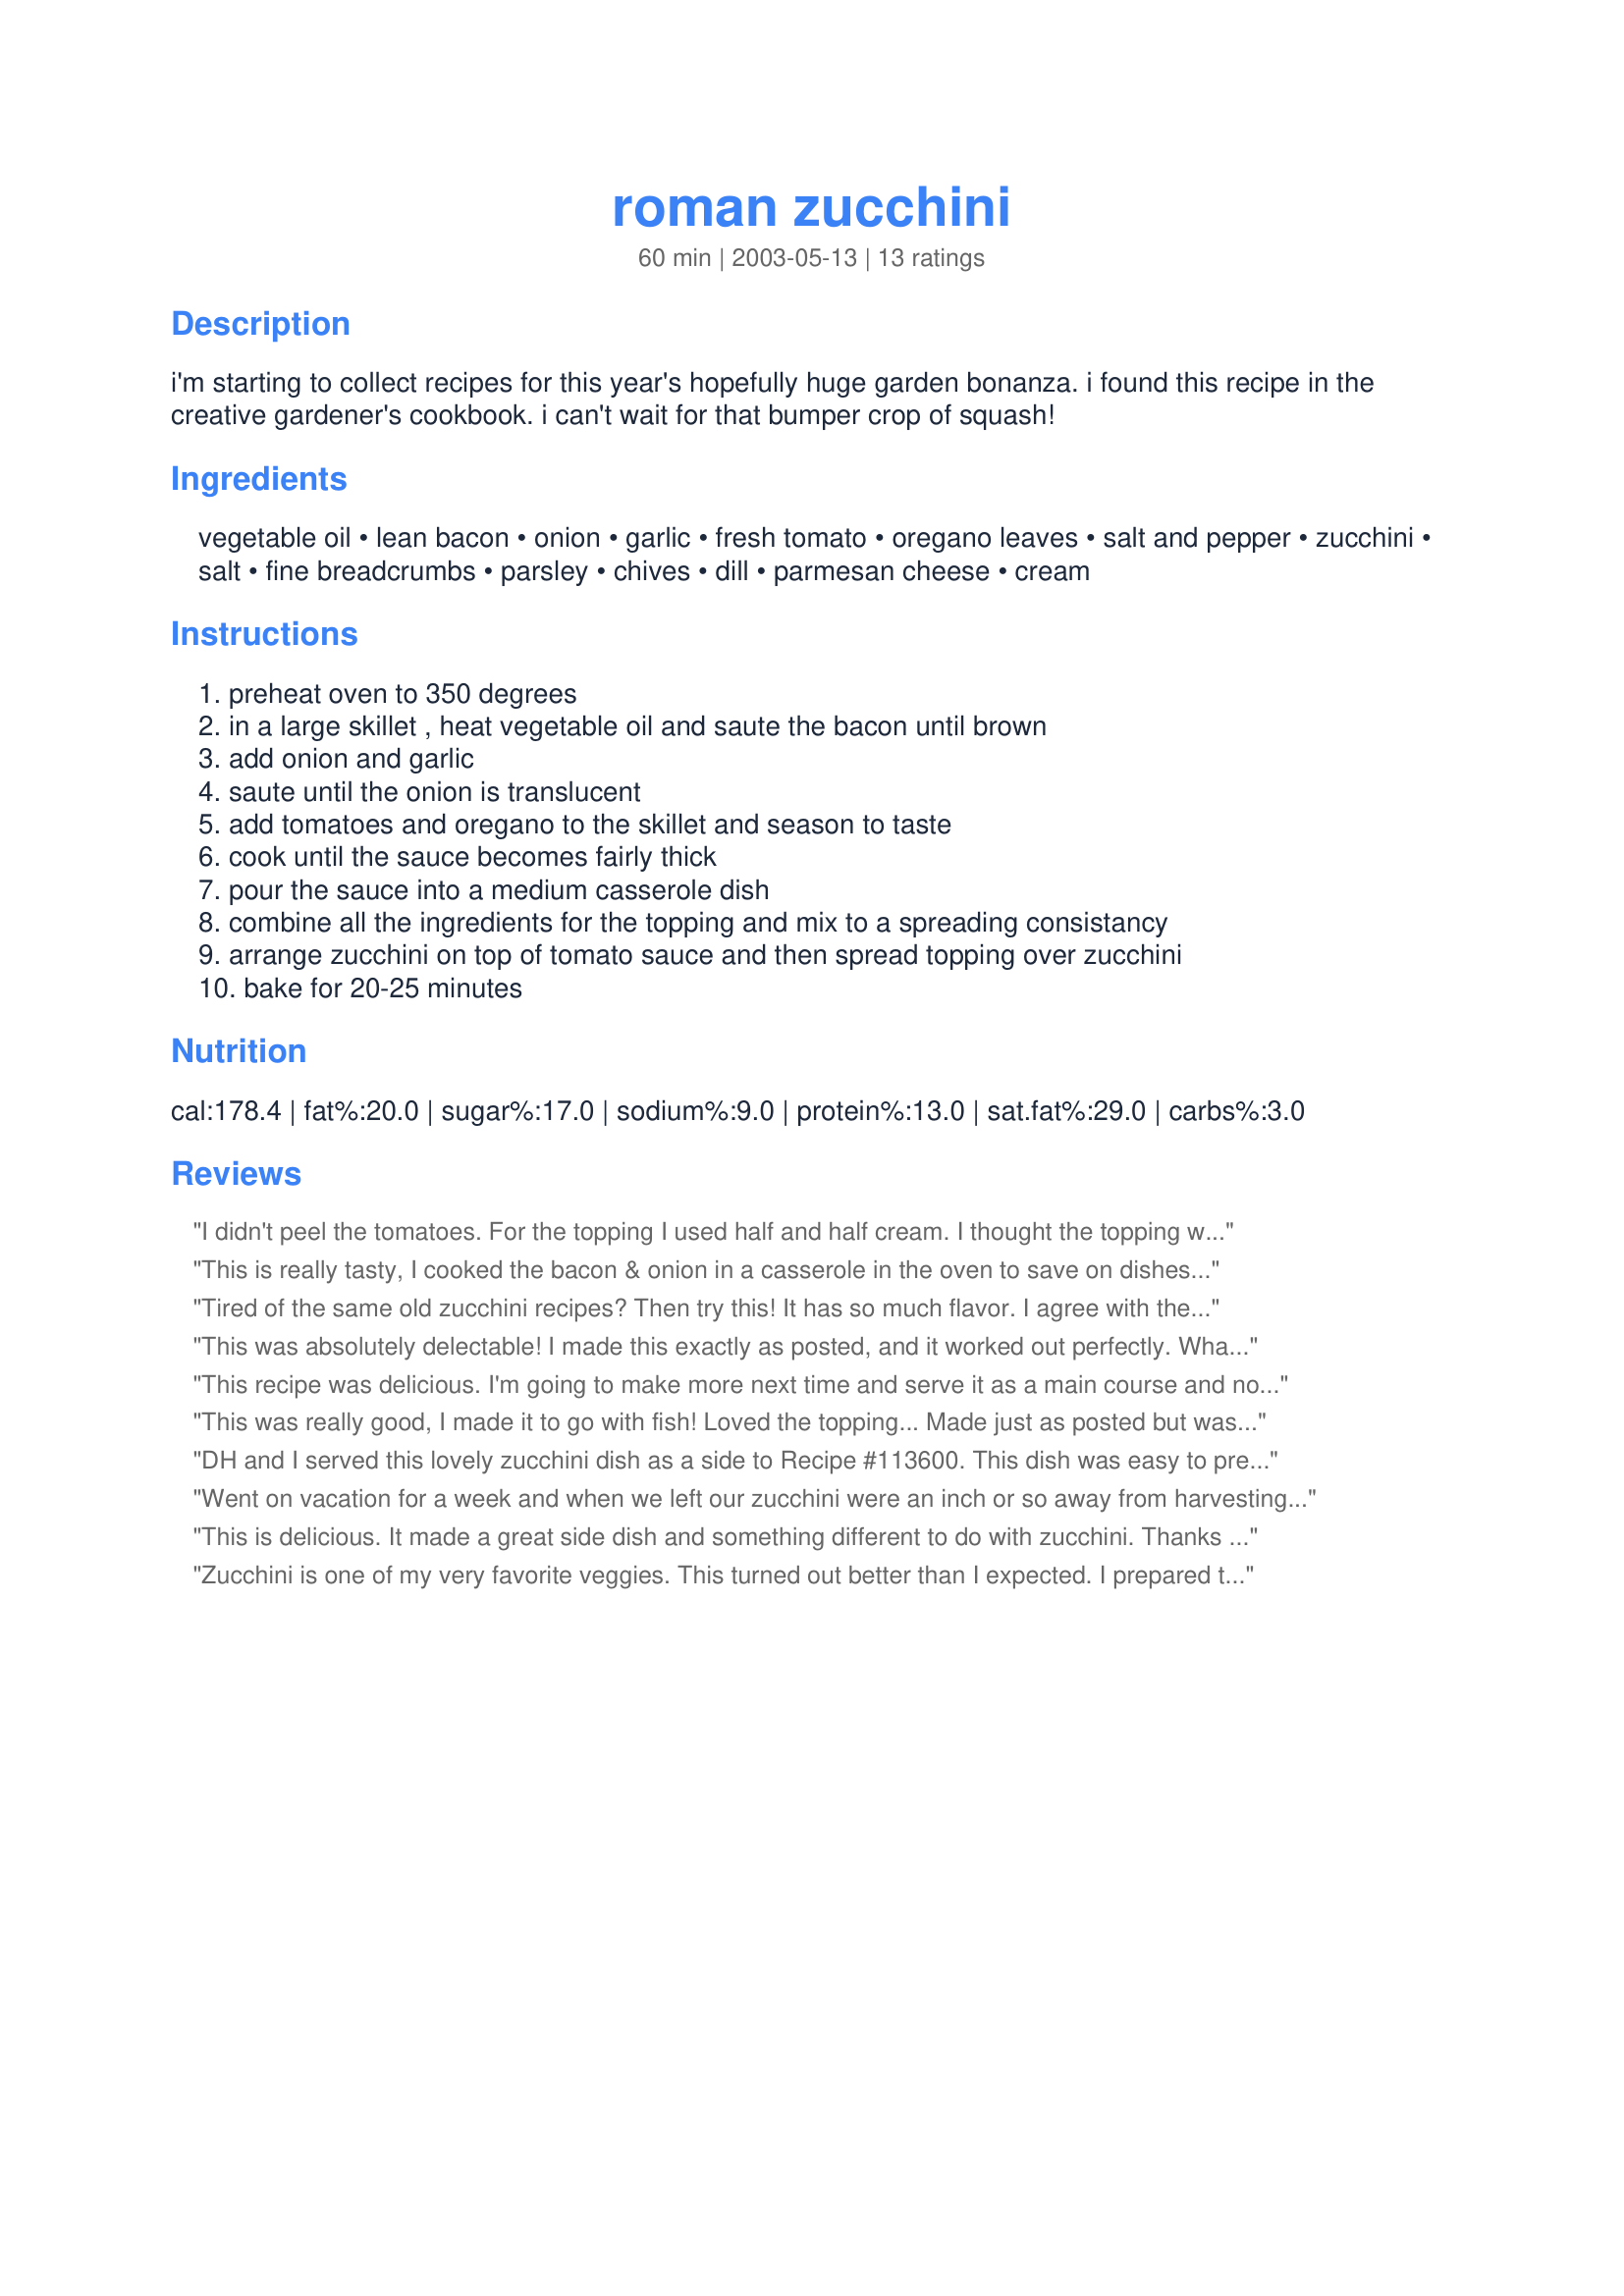
roman zucchini
Preparation time: 60 minutes

i'm starting to collect recipes for this year's hopefully huge garden bonanza. i found this recipe in the creative gardener's cookbook. i can't wait for that bumper crop of squash!

Ingredients:
vegetable oil, lean bacon, onion, garlic, fresh tomato, oregano leaves, salt and pepper, zucchini, salt, fine breadcrumbs, parsley, chives, dill, parmesan cheese, cream

Steps:
preheat oven to 350 degrees, in a large skillet , heat vegetable oil and saute the bacon until brown, add onion and garlic, saute until the onion is translucent, add tomatoes and oregano to the skillet and season to taste, cook until the sauce becomes fairly thick, pour the sauce into a medium casserole dish, combine all the ingredients for the topping and mix to a spreading consistancy, arrange zucchini on top of tomato sauce and then spread topping over zucchini, bake for 20-25 minutes

Reviews:
I didn't peel the tomatoes. For the topping I used half and half cream. I thought the topping would be crispy but it was not. After it was cooked, I put the oven to broil and let grill a few minutes. Maybe the next time I would omit the cream. That way, it would be crisp. Thanks Kim. Made for the Babes of ZWT4
This is really tasty, I cooked the bacon & onion in a casserole in the oven to save on dishes & went from there. I added mushrooms for more bulk as I used canned tomatoes & used a mixture of fresh & dried herbs. I really loved this, yum!
Tired of the same old zucchini recipes? Then try this! It has so much flavor. I agree with the reviewer who said it could be a main dish on its own.

The basic recipe is great, but I added a couple of things that I needed to use up. Added sliced mushrooms to the tomato mixture. Instead of 1/2 cup parmesan, I used 1/4 parmesan and 1/4 smoked gouda in very small dice. And because I was out of fresh dill, I used 1 tsp dried. Came out fine, but I think fresh dill would have given it a little brighter flavor.

All in all, this is a keeper. Thanks, Kim.
This was absolutely delectable! I made this exactly as posted, and it worked out perfectly. What a wonderful way to prepare zucchini. I will be making this often (come the bumper crop)! Made for ZWT6.
This recipe was delicious. I'm going to make more next time and serve it as a main course and not a side. The only things different I did was use olive oil instead of vegetable oil and 1 more bacon rasher. Thanks Kim.
This was really good, I made it to go with fish! Loved the topping... Made just as posted but wasn't sure about the cream so I used whipping cream. I will be making this again! I made this ZWT 4. Thanks for posting!
DH and I served this lovely zucchini dish as a side to Recipe #113600. This dish was easy to prepare and had really nice flavor. However, we found the dill to be a little too potent, and might cut back a bit next time. Made for ZWT4.
Went on vacation for a week and when we left our zucchini were an inch or so away from harvesting size (8-10" in length and an inch or so in diameter). Came home and they are as long and as big around as my forearm!!! I stacked them up in DH's arms like cord wood then ran to Zaar to find recipes for these bertha's. This recipe was one of the first that I found and boy... what a find! I doubled the recipe (this was the main course) using both green and yellow zucchini and the results were fabulous! I also omitted the oil, used canned tomatoes instead of fresh and instead of mixing together the topping I just sprinkled each ingredient (minus the cream) over the zucc's. Holy taste buds Batman! My 7 year old ate 3 helpings- 3! Thanks for the wonderful recipe. I'll be making this a lot this season.
This is delicious. It made a great side dish and something different to do with zucchini. Thanks for sharing!
Zucchini is one of my very favorite veggies. This turned out better than I expected. I prepared this similar to BothFex. I did without the oil altogether. I also sprinkled each topping ingredient on separately and didn't use the cream. I wish I had doubled the recipe and will next time. Very tasty and easy to make. Thanks Kim.
Made for ZWT4...I changed this to just 2 servings and had it for lunch today. This was really good. I think I would like it even with just the topping. I might try that next time.
Love this recipe! I increased the bacon to 1/2 lbs. to entice my kids. I also added 1 lb. of ground beef to the tomato mixture, but will omit it the next time I make this dish. It distracted from the overall great taste. I sliced the zucchini in coins and made two layers to make it more like a casserole, and it cooked up really well.
My husband and son loved it, so I will definitely make it again. My daughter didn't want to try it, but she doesn't like to have food 'mixed' anyway.
The flavor was wonderful and different-we are all tired of the same old zucchini dishes.
Thanks for posting!
This was soooo good! As usual, I used Panko bread crumbs for the topping. Nest time, I might try slicing like coins like another reveiwer suggested and layering them. I think this recipe is very versatile, so many wonderful things could be subbed and/or added! Thanks for sharing Kim.
